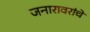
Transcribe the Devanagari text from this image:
जनारावरांचे